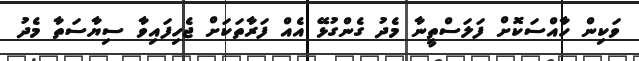
ވަކިން ހާއްސަކޮށް ފަލަސްތީނާ މެދު ގެންގުޅޭ އެއް ފަރާތަކަށް ޖެހިފައިވާ ސިޔާސަތާ މެދު